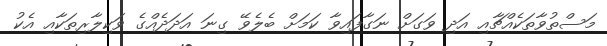
މަސްތުވާތަކެއްޗާއި އަދި ވަގަށް ނަގާފައިވާ ކަމަށް ބެލެވޭ ގިނަ އަދަދެއްގެ ވަކިލާރިތަކާއި އެކު